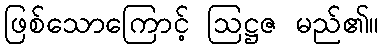
ဖြစ်သောကြောင့် ဩဋ္ဌဇ မည်၏။